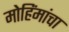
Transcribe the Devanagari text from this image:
मोहिंमांचा